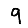
Digit: 9